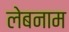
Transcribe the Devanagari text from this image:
लेबनाम